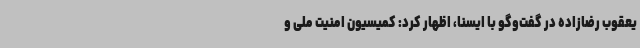
یعقوب رضازاده در گفت‌وگو با ایسنا، اظهار کرد: کمیسیون امنیت ملی و